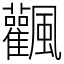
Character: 飌